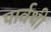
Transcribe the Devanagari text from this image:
पार्वथी